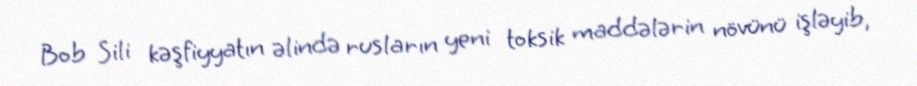
Bob Sili kəşfiyyatın əlində rusların yeni toksik maddələrin növünü işləyib,